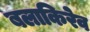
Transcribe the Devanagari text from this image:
बलाकिरेव